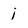
Character: i